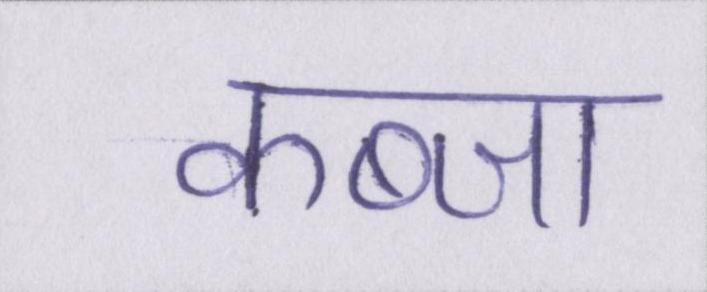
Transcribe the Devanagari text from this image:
कब्जा